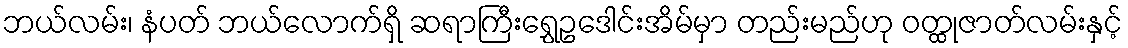
ဘယ်လမ်း၊ နံပတ် ဘယ်လောက်ရှိ ဆရာကြီးရွှေဥဒေါင်းအိမ်မှာ တည်းမည်ဟု ဝတ္ထုဇာတ်လမ်းနှင့်